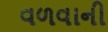
વળવાની